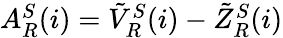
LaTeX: \begin{array}{r}{A_{R}^{S}(i)=\tilde{V}_{R}^{S}(i)-\tilde{Z}_{R}^{S}(i)}\end{array}